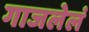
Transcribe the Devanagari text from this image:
गाजलेलं